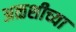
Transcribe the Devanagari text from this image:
अळशीच्या